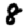
Digit: 8